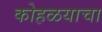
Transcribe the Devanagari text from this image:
कोहळयाचा